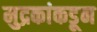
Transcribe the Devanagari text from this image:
मुद्रकांकडून